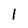
Character: I